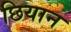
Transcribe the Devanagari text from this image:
छियान